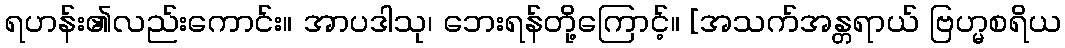
ရဟန်း၏လည်းကောင်း။ အာပဒါသု၊ ဘေးရန်တို့ကြောင့်။ [အသက်အန္တရာယ် ဗြဟ္မစရိယ